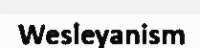
Wesleyanism